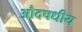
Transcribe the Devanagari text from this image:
औदषधीय